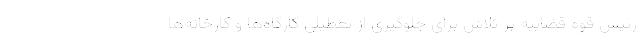
رئیس قوه قضاییه بر تلاش برای جلوگیری از تعطیلی کارگاه‌ها و کارخانه‌ها